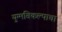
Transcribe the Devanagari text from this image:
युग्मविकल्पाचा